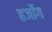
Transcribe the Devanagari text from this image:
हर्जोग